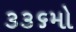
૩૩૬મો